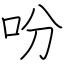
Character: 吩